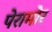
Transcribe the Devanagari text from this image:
पेरामोर